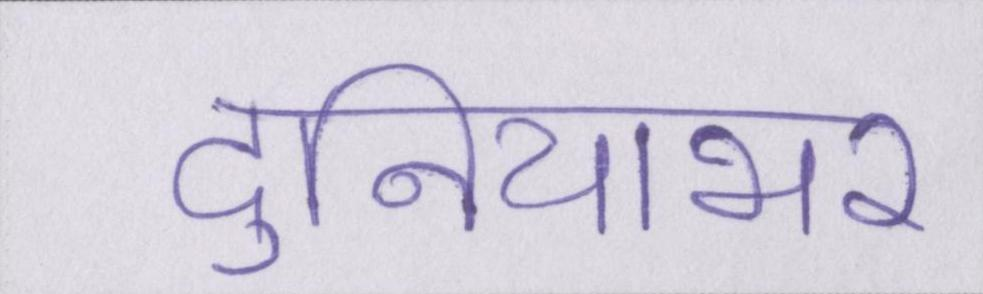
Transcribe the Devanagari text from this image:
दुनियाभर